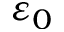
\varepsilon _ { 0 }